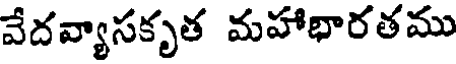
వేదవ్యాసకృత మహాభారతము